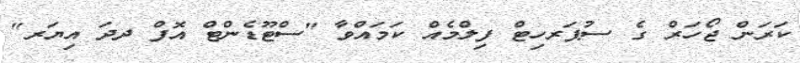
ކަރަން ޖޯހަރް ގެ ސުޕަރހިޓް ފިލްމެއް ކަމައްވާ "ސްޓޫޑެންޓް އޮފް ދދަ އިޔަރ"